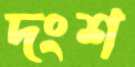
দংশ